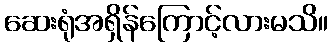
ဆေးရုံအရှိန်ကြောင့်လားမသိ။